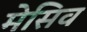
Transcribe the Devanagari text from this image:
मेसिव